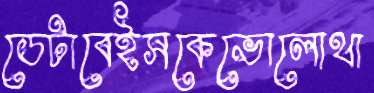
ডেটাবেইসকেভোলোথা